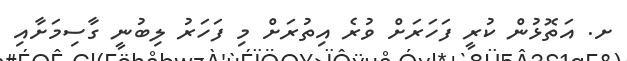
ށ. އަތޮޅުން ކުރީ ފަހަރަށް ވުރެ އިތުރަށް މި ފަހަރު ލިބުނީ ގާސިމަށާއި